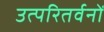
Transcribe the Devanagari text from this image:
उत्परितर्वनों